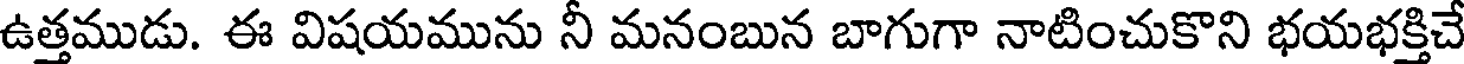
ఉత్తముడు. ఈ విషయమును నీ మనంబున బాగుగా నాటించుకొని భయభక్తిచే